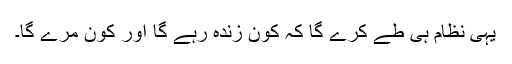
یہی نظام ہی طے کرے گا کہ کون زندہ رہے گا اور کون مرے گا۔